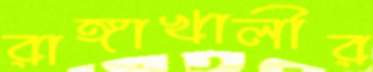
রাঙ্গাখালীর